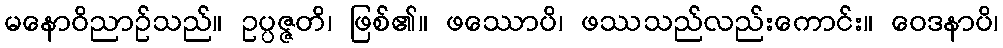
မနောဝိညာဉ်သည်။ ဥပ္ပဇ္ဇတိ၊ ဖြစ်၏။ ဖဿောပိ၊ ဖဿသည်လည်းကောင်း။ ဝေဒနာပိ၊